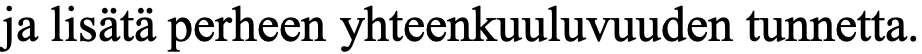
ja lisätä perheen yhteenkuuluvuuden tunnetta.